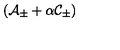
\left( { \cal A } _ { \pm } + \alpha { \cal C } _ { \pm } \right)